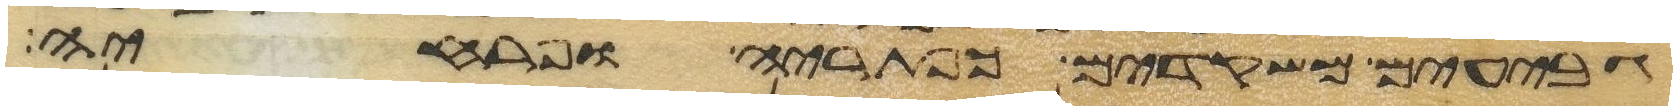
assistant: גבעים משקדים כפתריה ופרחיה